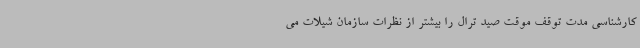
کارشناسی مدت توقف موقت صید ترال را بیشتر از نظرات سازمان شیلات می